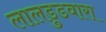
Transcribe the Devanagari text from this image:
लालडुडवारा